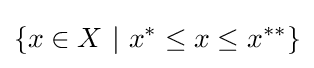
\{x\in X\ |\ x^{*}\leq x\leq x^{**}\}